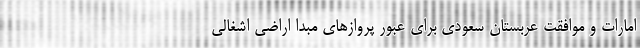
امارات و موافقت عربستان سعودی برای عبور پروازهای مبدا اراضی اشغالی